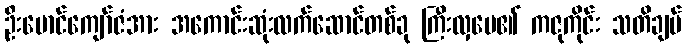
ဦးမောင်ကျော်ဇံအား အကောင်းဆုံးလက်ဆောင်တစ်ခု ကြီးလှပေ၏ ကဇုကိုင်း သတိချပ်